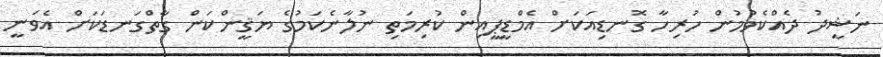
ނަޝީދު ދެއްކެވުމުން ހުރިހާ ގޮނޑިއަކަށް އެމްޑީޕީއިން ކުރިމަތި ނުލާނެކަމުގެ ޔަޤީންކަން ގާތްގަނޑަކަށް އެވަނީ